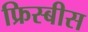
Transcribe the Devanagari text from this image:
फ्रिस्बीस